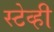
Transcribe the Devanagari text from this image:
स्टेव्ही